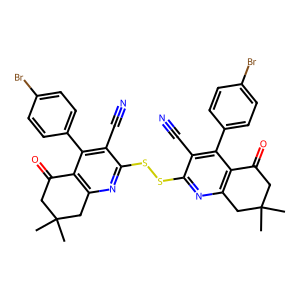
SMILES: CC1(C)CC(=O)c2c(nc(SSc3nc4c(c(-c5ccc(Br)cc5)c3C#N)C(=O)CC(C)(C)C4)c(C#N)c2-c2ccc(Br)cc2)C1
Inhibits HIV replication: Yes